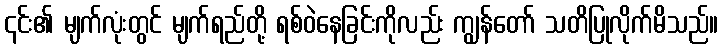
၎င်း၏ မျက်လုံးတွင် မျက်ရည်တို့ ရစ်ဝဲနေခြင်းကိုလည်း ကျွန်တော် သတိပြုလိုက်မိသည်။